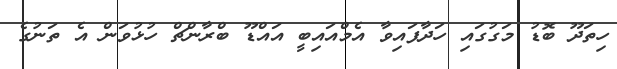
ހިތަދޫ ބޮޑު މަގުގައި ހަދާފައިވާ އެމްއައިބީ އައްޑޫ ބްރާންޗް ހުޅުވަން އެ ތަނުގެ